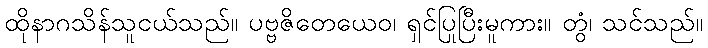
ထိုနာဂသိန်သူငယ်သည်။ ပဗ္ဗဇိတေယေဝ၊ ရှင်ပြုပြီးမူကား။ တွံ၊ သင်သည်။